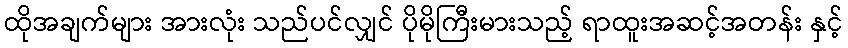
ထိုအချက်များ အားလုံး သည်ပင်လျှင် ပိုမိုကြီးမားသည့် ရာထူးအဆင့်အတန်း နှင့်